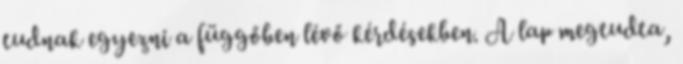
tudnak egyezni a függőben lévő kérdésekben. A lap megtudta,